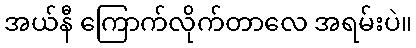
အယ်နီ ကြောက်လိုက်တာလေ အရမ်းပဲ။